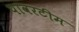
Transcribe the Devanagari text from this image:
पावरटीम